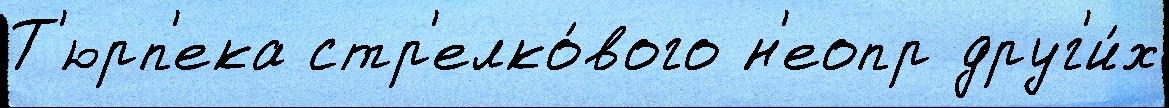
Т'юрп'ека стр'елко́вого н'еопр друг'и́х